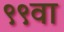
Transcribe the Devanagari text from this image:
९९वा